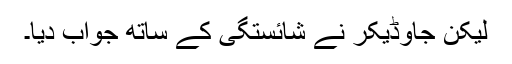
لیکن جاوڈیکر نے شائستگی کے ساتھ جواب دیا۔